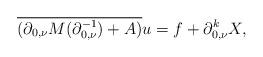
LaTeX: \begin{align*} \overline{(\partial_{0,\nu}M(\partial_{0,\nu}^{-1})+A)}u= f+\partial_{0,\nu}^k X, \end{align*}